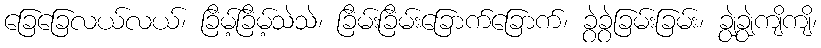
ခြေခြေလယ်လယ်၊ ခြိမ့်ခြိမ့်သဲသဲ၊ ခြိမ်းခြိမ်းခြောက်ခြောက်၊ ခွဲခွဲခြမ်းခြမ်း၊ ချွဲချွဲကျိကျိ၊